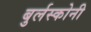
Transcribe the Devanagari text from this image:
बुर्लस्कोनी